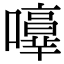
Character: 𡃥